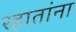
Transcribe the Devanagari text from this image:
रहातांना